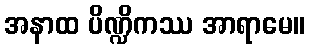
အနာထ ပိဏ္ဍိကဿ အာရာမေ။